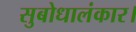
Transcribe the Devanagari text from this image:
सुबोधालंकार।